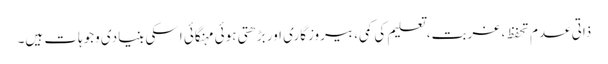
ذاتی عدم تحفظ، غربت، تعلیم کی کمی، بیروزگاری اور بڑھتی ہوئی مہنگائی اسکی بنیادی وجوہات ہیں۔